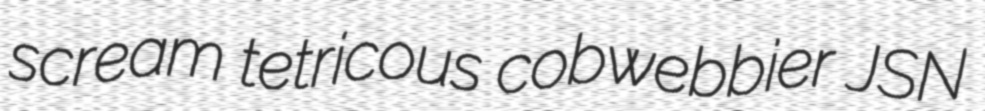
scream tetricous cobwebbier JSN